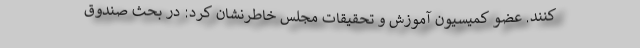
کنند. عضو کمیسیون آموزش و تحقیقات مجلس خاطرنشان کرد: در بحث صندوق